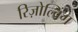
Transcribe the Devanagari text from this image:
रिज़ोल्विंग